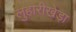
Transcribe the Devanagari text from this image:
लुहारीखेड़ा